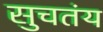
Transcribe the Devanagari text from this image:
सुचतंय